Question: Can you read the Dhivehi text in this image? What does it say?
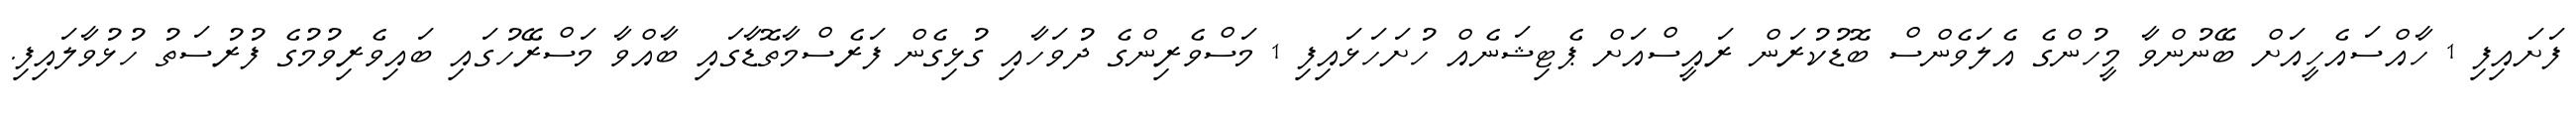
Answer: ފަށައިފި 1 ހާއްސައެހީއަށް ބޭނުންވާ މީހުންގެ އެލަވެންސް ބޮޑުކުރަން ރައީސްއަށް ޕެޓިޝަނެއް ހުށަހަޅައިފި 1 މަސްވެރިންގެ ދުވަހާއި ގުޅިގެން ފަރެސްމާތޮޑާގައި ބާއްވާ މަސްރޭހުގައި ބައިވެރިވުމުގެ ފުރުސަތު ހުޅުވާލައިފި.